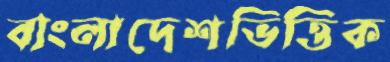
বাংলাদেশভিত্তিক